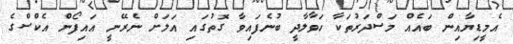
އެމީޑިޔާއިން ބައެއް މަސްދަރުތަކާ ހަވާލާދީ ބުނެފައިވާ ގޮތުގައި އަލަށް ނެރޭނީ އައިފޯން އެކްސްގެ